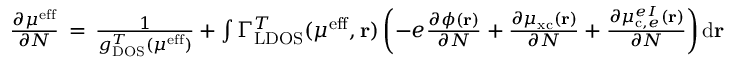
\begin{array} { r } { \frac { \partial \mu ^ { \mathrm { e f f } } } { \partial N } \, = \, \frac { 1 } { g _ { \mathrm { D O S } } ^ { T } ( \mu ^ { \mathrm { e f f } } ) } + \int \Gamma _ { \mathrm { L D O S } } ^ { T } ( \mu ^ { \mathrm { e f f } } , \mathbf { r } ) \left( - e \frac { \partial \phi ( \mathbf { r } ) } { \partial N } + \frac { \partial \mu _ { \mathrm { x c } } ( \mathbf { r } ) } { \partial N } + \frac { \partial \mu _ { \mathrm { c } , e } ^ { e I } ( \mathbf { r } ) } { \partial N } \right) \mathrm { d } \mathbf { r } } \end{array}